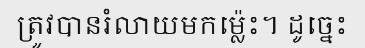
ត្រូវបានរំលាយមកម្ល៉េះ។ ដូច្នេះ